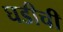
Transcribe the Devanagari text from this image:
घडीची